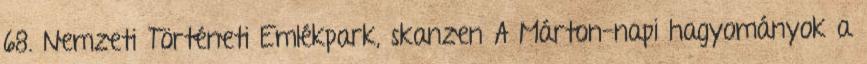
68. Nemzeti Történeti Emlékpark, skanzen A Márton-napi hagyományok a